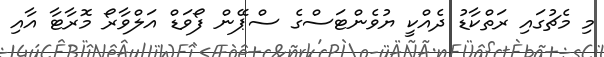
މި މެޗުގައި ރަތްކާޑު ދެއްކީ ޔުވެންޓަސްގެ ސްޕޭން ފޯވަޑް އަލްވާރޯ މޮރާޓާ އާއި